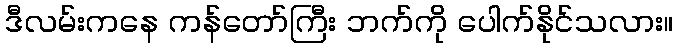
ဒီလမ်းကနေ ကန်တော်ကြီး ဘက်ကို ပေါက်နိုင်သလား။